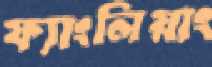
ফ্যাংলিয়াং